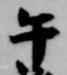
午